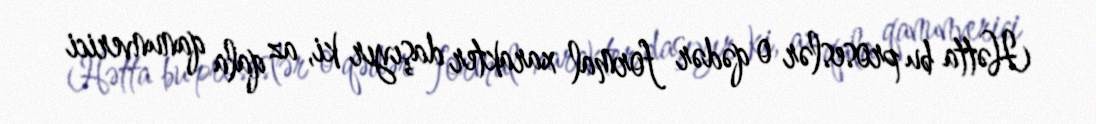
Hətta bu proseslər o qədər formal xarakter daşıyır ki, az qala qanunverici